Vaccine operations Central Provinces & Berar 1922-1929 - 1922-1929
Year: 1922
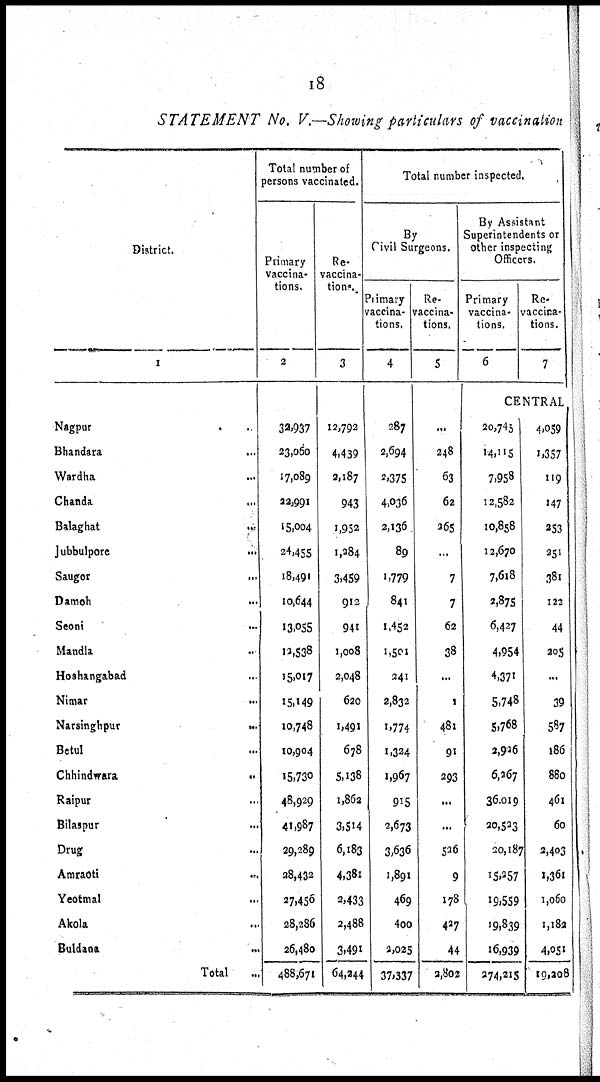
18
STATEMENT No. V.—Showing particulars of vaccination
District.
1
Nagpur..
Bhandara... ...
Wardha... ...
Chanda... ...
Balaghat... ...
Jubbulpore...
...
Saugor... ...
Damoh... ...
Seoni... ...
Mandla... ...
Hoshangabad... ...
Nimar... ...
Narsinghpur...
...
Betul... ...
Chhindwara...
...
Raipur... ...
Bilaspur... ...
Drug... ...
Amraoti... ...
Yeotmal... ...
Akola... ...
Buldana...
...
Total... ...
Total number of
persons vaccinated.
Primary
vaccina-
tions.
2
32,937
23,060
17,089
22,991
15,004
24,455
18,491
10,644
13,055
12,538
15,017
15,149
10,748
10,904
15,730
48,929
41,987
29,289
28,432
27,456
28,286
26,480
488,671
Re-
vaccina-
tions.
3
12,792
4,439
2,187
943
1,952
1,284
3,459
912
941
1,008
2,048
620
1,491
678
5,138
1,862
3,514
6,183
4,381
2,433
2,488
3,491
64,244
Total number inspected.
By
Civil Surgeons.
Primary
vaccina-
tions.
4
287
2,694
2,375
4,036
2,136
89
1,779
841
1,452
1,501
241
2,832
1,774
1,324
1,967
915
2,673
3,636
1,891
469
400
2,025
37,337
Re-
vaccina-
tions.
5
...
248
63
62
265
...
7
7
62
38
...
1
481
91
293
...
...
526
9
178
427
44
2,802
By Assistant
Superintendents or
Other inspecting
Officers.
Primary
vaccina-
tions.
6
Re-
vaccina-
tions.
7
CENTRAL
20,745
14,115
7,958
12,582
10,858
12,670
7,618
2,875
6,427
4,954
4,371
5,748
5,768
2,926
6,267
36,019
20,523
20,187
15,257
19,559
19,839
16,939
274,215
4,059
1,357
119
147
253
251
381
122
44
205
...
39
587
186
880
461
60
3,403
1,361
1,060
1,182
4,051
19,208